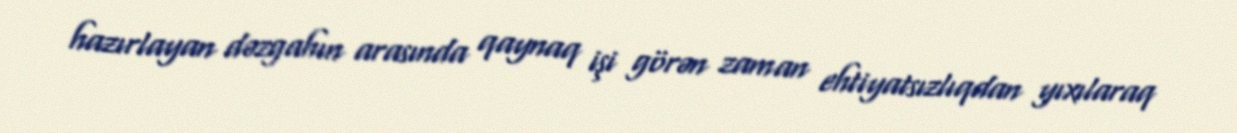
hazırlayan dəzgahın arasında qaynaq işi görən zaman ehtiyatsızlıqdan yıxılaraq